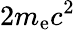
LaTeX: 2m_{\mathrm{e}}c^{2}